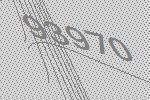
93970